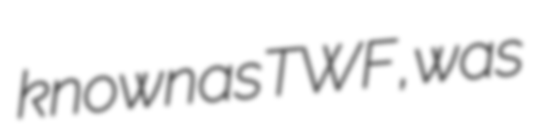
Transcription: known as TWF, was